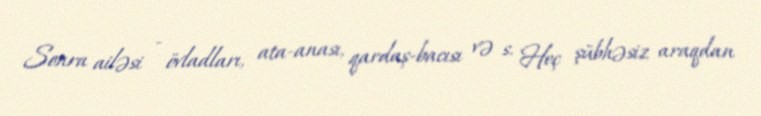
Sonra ailəsi - övladları, ata-anası, qardaş-bacısı və s. Heç şübhəsiz araqdan